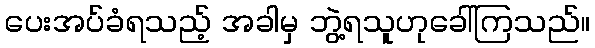
ပေးအပ်ခံရသည့် အခါမှ ဘွဲ့ရသူဟုခေါ်ကြသည်။